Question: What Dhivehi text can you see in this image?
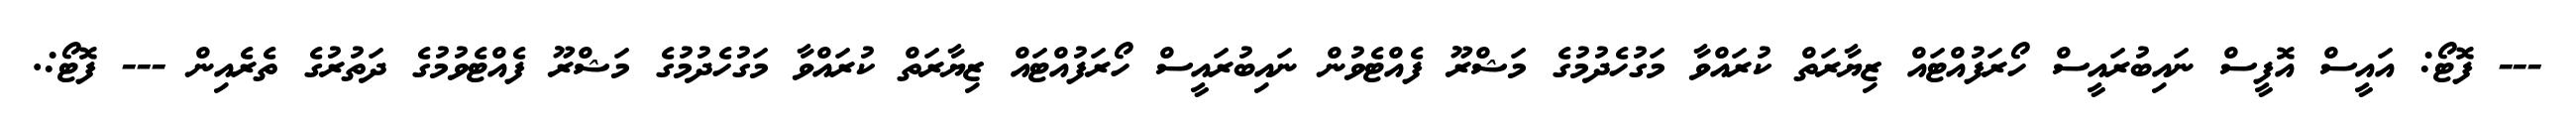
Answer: --- ފޮޓޯ: އައީސް އޮފީސް ނައިބުރައީސް ހޯރަފުއްޓައް ޒިޔާރަތް ކުރައްވާ މަގުހެދުމުގެ މަޝްރޫ ފެއްޓެވުން ނައިބުރައީސް ހޯރަފުއްޓައް ޒިޔާރަތް ކުރައްވާ މަގުހެދުމުގެ މަޝްރޫ ފެއްޓެވުމުގެ ދަތުރުގެ ތެރެއިން --- ފޮޓޯ:.